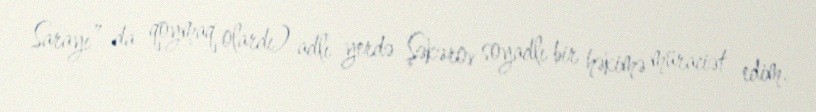
Sarayı” da qoymaq olardı) adlı yerdə Şəkərov soyadlı bir həkimə müraciət edim.